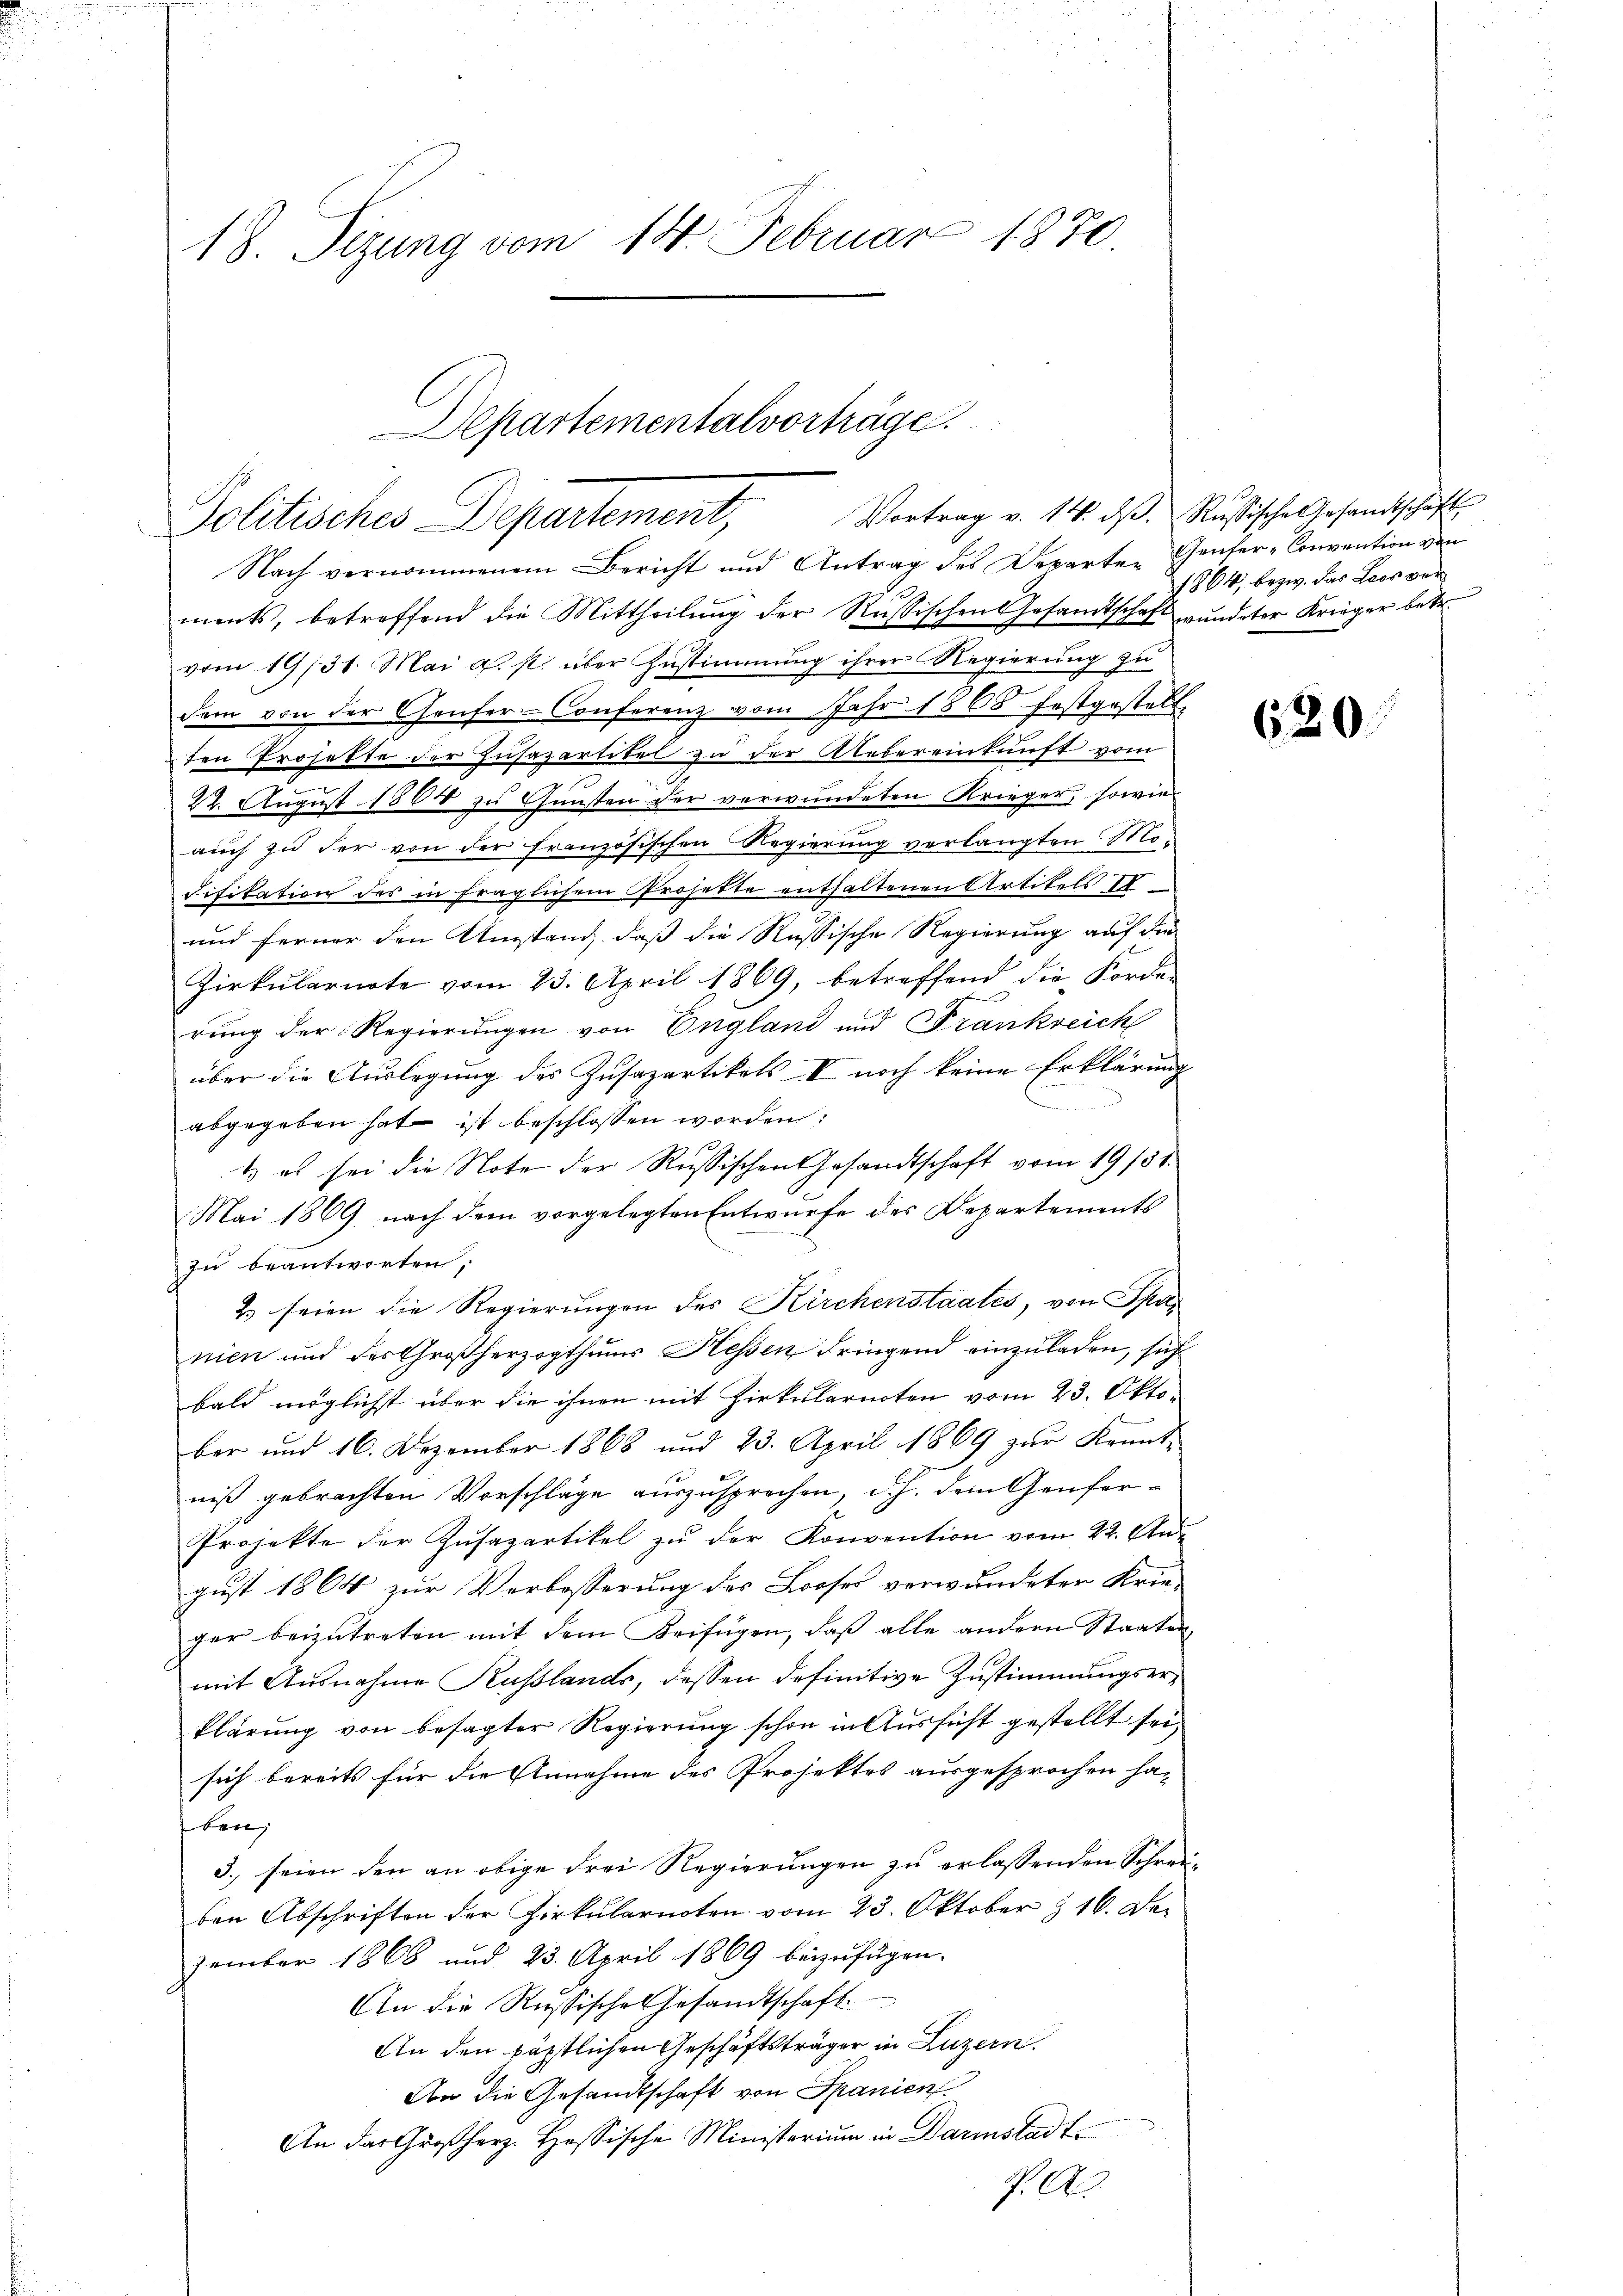
18. Sizung vom 14. Februar 1870.

Departementalvorträge.
Politisches Departement, Vortrag v. 14. ds. Rußische Gesandtschaft

Nach vernommenem Bericht und Antrag des Departen Genfer-Convention von
ments, betreffend die Mittheilung der Russischen Gesandtschaft wundeter Krieger betr.
vom 19/31. Mai d. st. über Zustimmung ihrer Regierung zu
dem von der Genfer-Conferenz vom Jahr 1865 festgestell
ten Projekte der Husazartikel zu der Uebereinkunft vom

22. August 1864 zu Gunsten der verwundeten Krieger, sowie
aŭch zu der von der französischen Regierung verlangten Mo-
difikation des in fraglichem Projekte enthaltenen Artikels 10
und ferner den Umstand, daß die Russische Regierung auf die
Zirkularirte vom 23. April 1869, betreffend die Forde-
rung der Regierungen von England und Frankreich
über die Auslegung des Zusazartikels II noch keine Erklärung
n
abgegeben hat ist beschlossen worden:
1) es sei die Note der Russischen Gesandtschaft vom 19/31.
Mai 1869, nach dem vorgelegten Entwurfe des Departements
zu beantworten,
2) seien die Regierungen des Kirchenstaates, von Span
nien und des Großherzogthums Hessen dringend einzuladen, sich
bald möglichst über die ihnen mit Zirkularnten vom 23. Oktober und 16. Dezember 1868 und 23. April 1869 zur Kennt-
niß gebrachten Vorschläge auszusprechen, d. h. dein Genfer¬
Projekte der Zusapartikel zu der Konvention vom 22. August 1864 zur Verbosserung des Looses verwundeter Krieger beizutreten mit dem Beifügen, daß alle andern Staaten-
mit Ausnahme Kasslands, dessen definitive Zustimmungserklärung von besagter Regierung schon in Aussicht gestellt sei,
sich bereits für die Annahme des Projektes ausgesprochen ha-
ben,
3. seien den an obige Frei Regierungen zu erlassenden Schreiden Abschriften der Zirkularnoten vom 23. Oktober & 16. Dezember 1868 und 23. April 1869 beizufügen.
An die Russische Gesandtschaft.
An den päpstlichen Geschäftsträger in Luzern.
An die Gesandtschaft von Spanien
An das Großherz. Hessische Ministerium in Darmstadt
J. A.

1864, bezw. das Loos ver¬

620